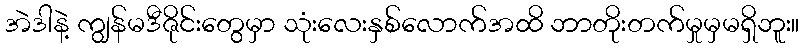
အဲဒါနဲ့ ကျွန်မဒီဇိုင်းတွေမှာ သုံးလေးနှစ်လောက်အထိ ဘာတိုးတက်မှုမှမရှိဘူး။